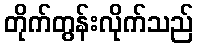
တိုက်တွန်းလိုက်သည်